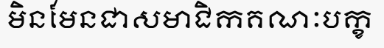
មិនមែនជាសមាជិកគណៈបក្ខ